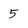
Character: 5